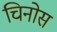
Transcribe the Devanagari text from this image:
चिनोस